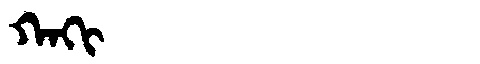
Manchu: ᡴᠠᡴᡳ
Romanization: KAKI